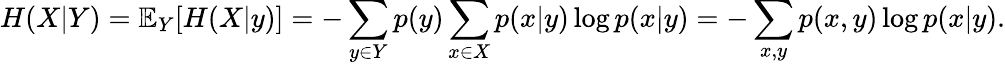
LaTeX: H(X|Y)=\mathbb{E}_{Y}[H(X|y)]=-\sum_{y\in Y}p(y)\sum_{x\in X}p(x|y)\log p(x|y)=-\sum_{x,y}p(x,y)\log p(x|y).